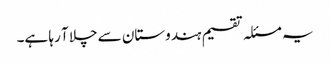
یہ مسئلہ تقسیم ہندوستان سے چلا آ رہا ہے۔